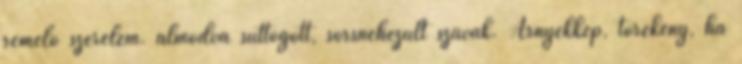
remélő szerelem. álmodva suttogott, sorsnehezült szavak. Árnyékkép, törékeny, ha